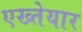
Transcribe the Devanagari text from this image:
एख्तेयार